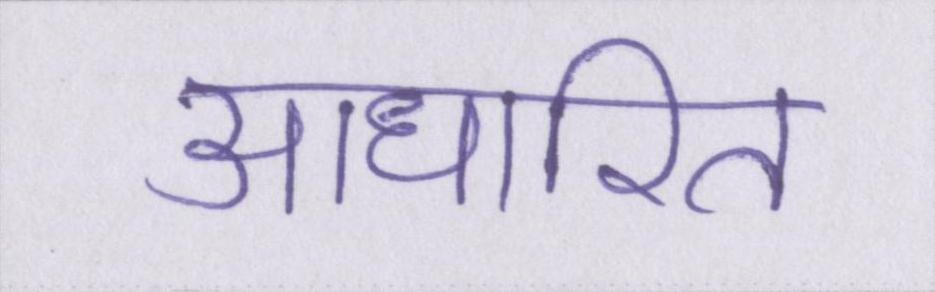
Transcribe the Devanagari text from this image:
आधारित